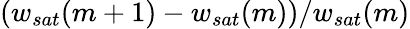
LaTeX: (w_{sat}(m+1)-w_{sat}(m))/w_{sat}(m)